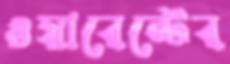
ওয়ারেন্টের